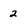
Character: 2